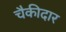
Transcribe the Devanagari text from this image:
चैकीदार